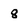
Character: 8